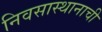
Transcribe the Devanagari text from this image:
निवसास्थानाची